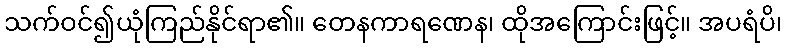
သက်ဝင်၍ယုံကြည်နိုင်ရာ၏။ တေနကာရဏေန၊ ထိုအကြောင်းဖြင့်။ အပရံပိ၊